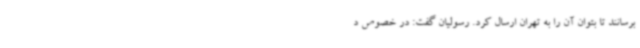
برسانند تا بتوان آن را به تهران ارسال کرد. رسولیان گفت: در خصوص د